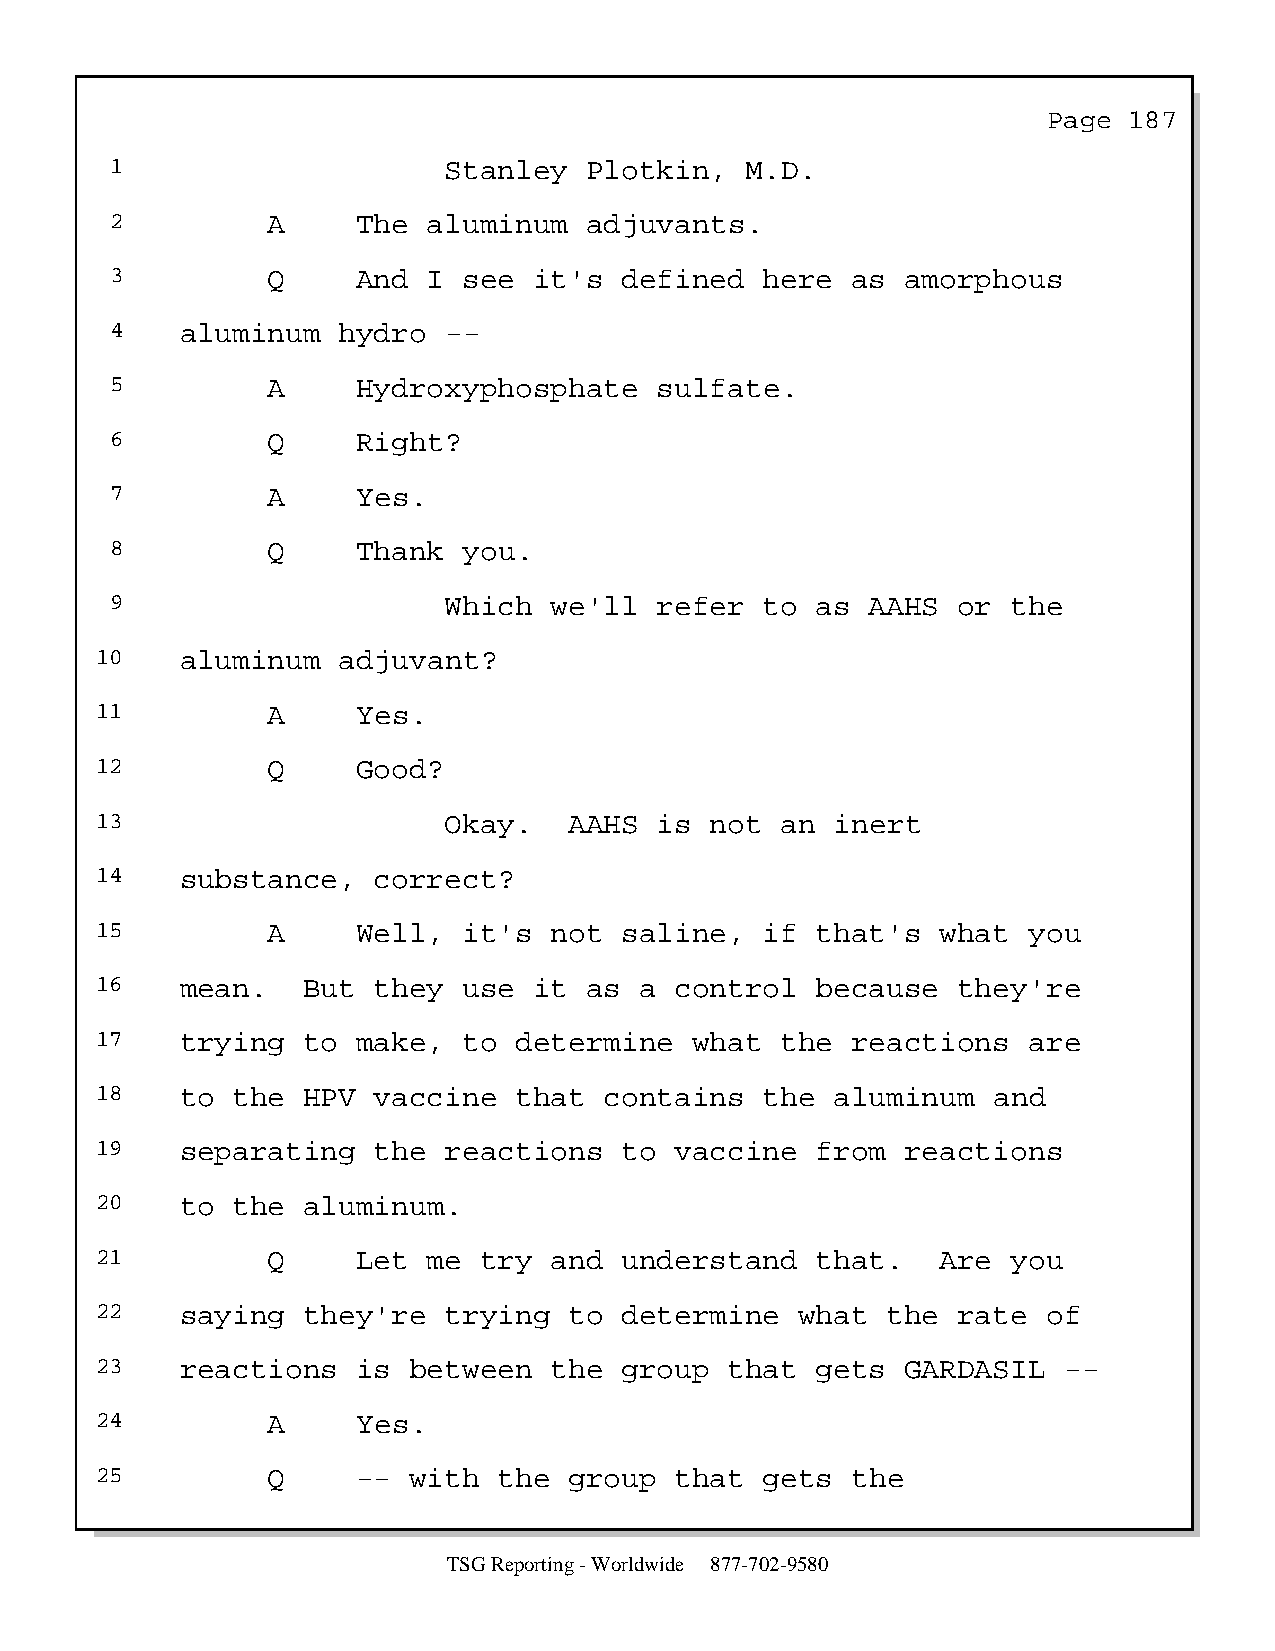
Page  187
 1                     Stanley   Plotkin,  M.D.
 2          A     The aluminum   adjuvants.
 3          Q     And I  see it's  defined   here as  amorphous
 4    aluminum  hydro  --
 5          A     Hydroxyphosphate    sulfate.
 6          Q     Right?
 7          A     Yes.
 8          Q     Thank  you.
 9                     Which  we'll   refer  to as  AAHS or  the
 10    aluminum  adjuvant?
 11          A     Yes.
 12          Q     Good?
 13                     Okay.    AAHS  is not  an inert
 14    substance,   correct?
 15          A     Well,  it's not  saline,   if that's  what  you
 16    mean.   But  they  use it  as a  control  because  they're
 17    trying  to  make,  to determine   what  the reactions   are
 18    to the  HPV  vaccine  that  contains   the aluminum   and
 19    separating   the reactions   to  vaccine  from  reactions
 20    to the  aluminum.
 21          Q     Let me  try and  understand   that.   Are  you
 22    saying  they're  trying   to determine   what  the rate  of
 23    reactions   is between  the  group  that  gets  GARDASIL  --
 24          A     Yes.
 25          Q     -- with  the  group  that  gets the
 TSG Reporting - Worldwide 877-702-9580